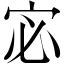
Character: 宓